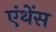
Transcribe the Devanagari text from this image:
एंथेंस